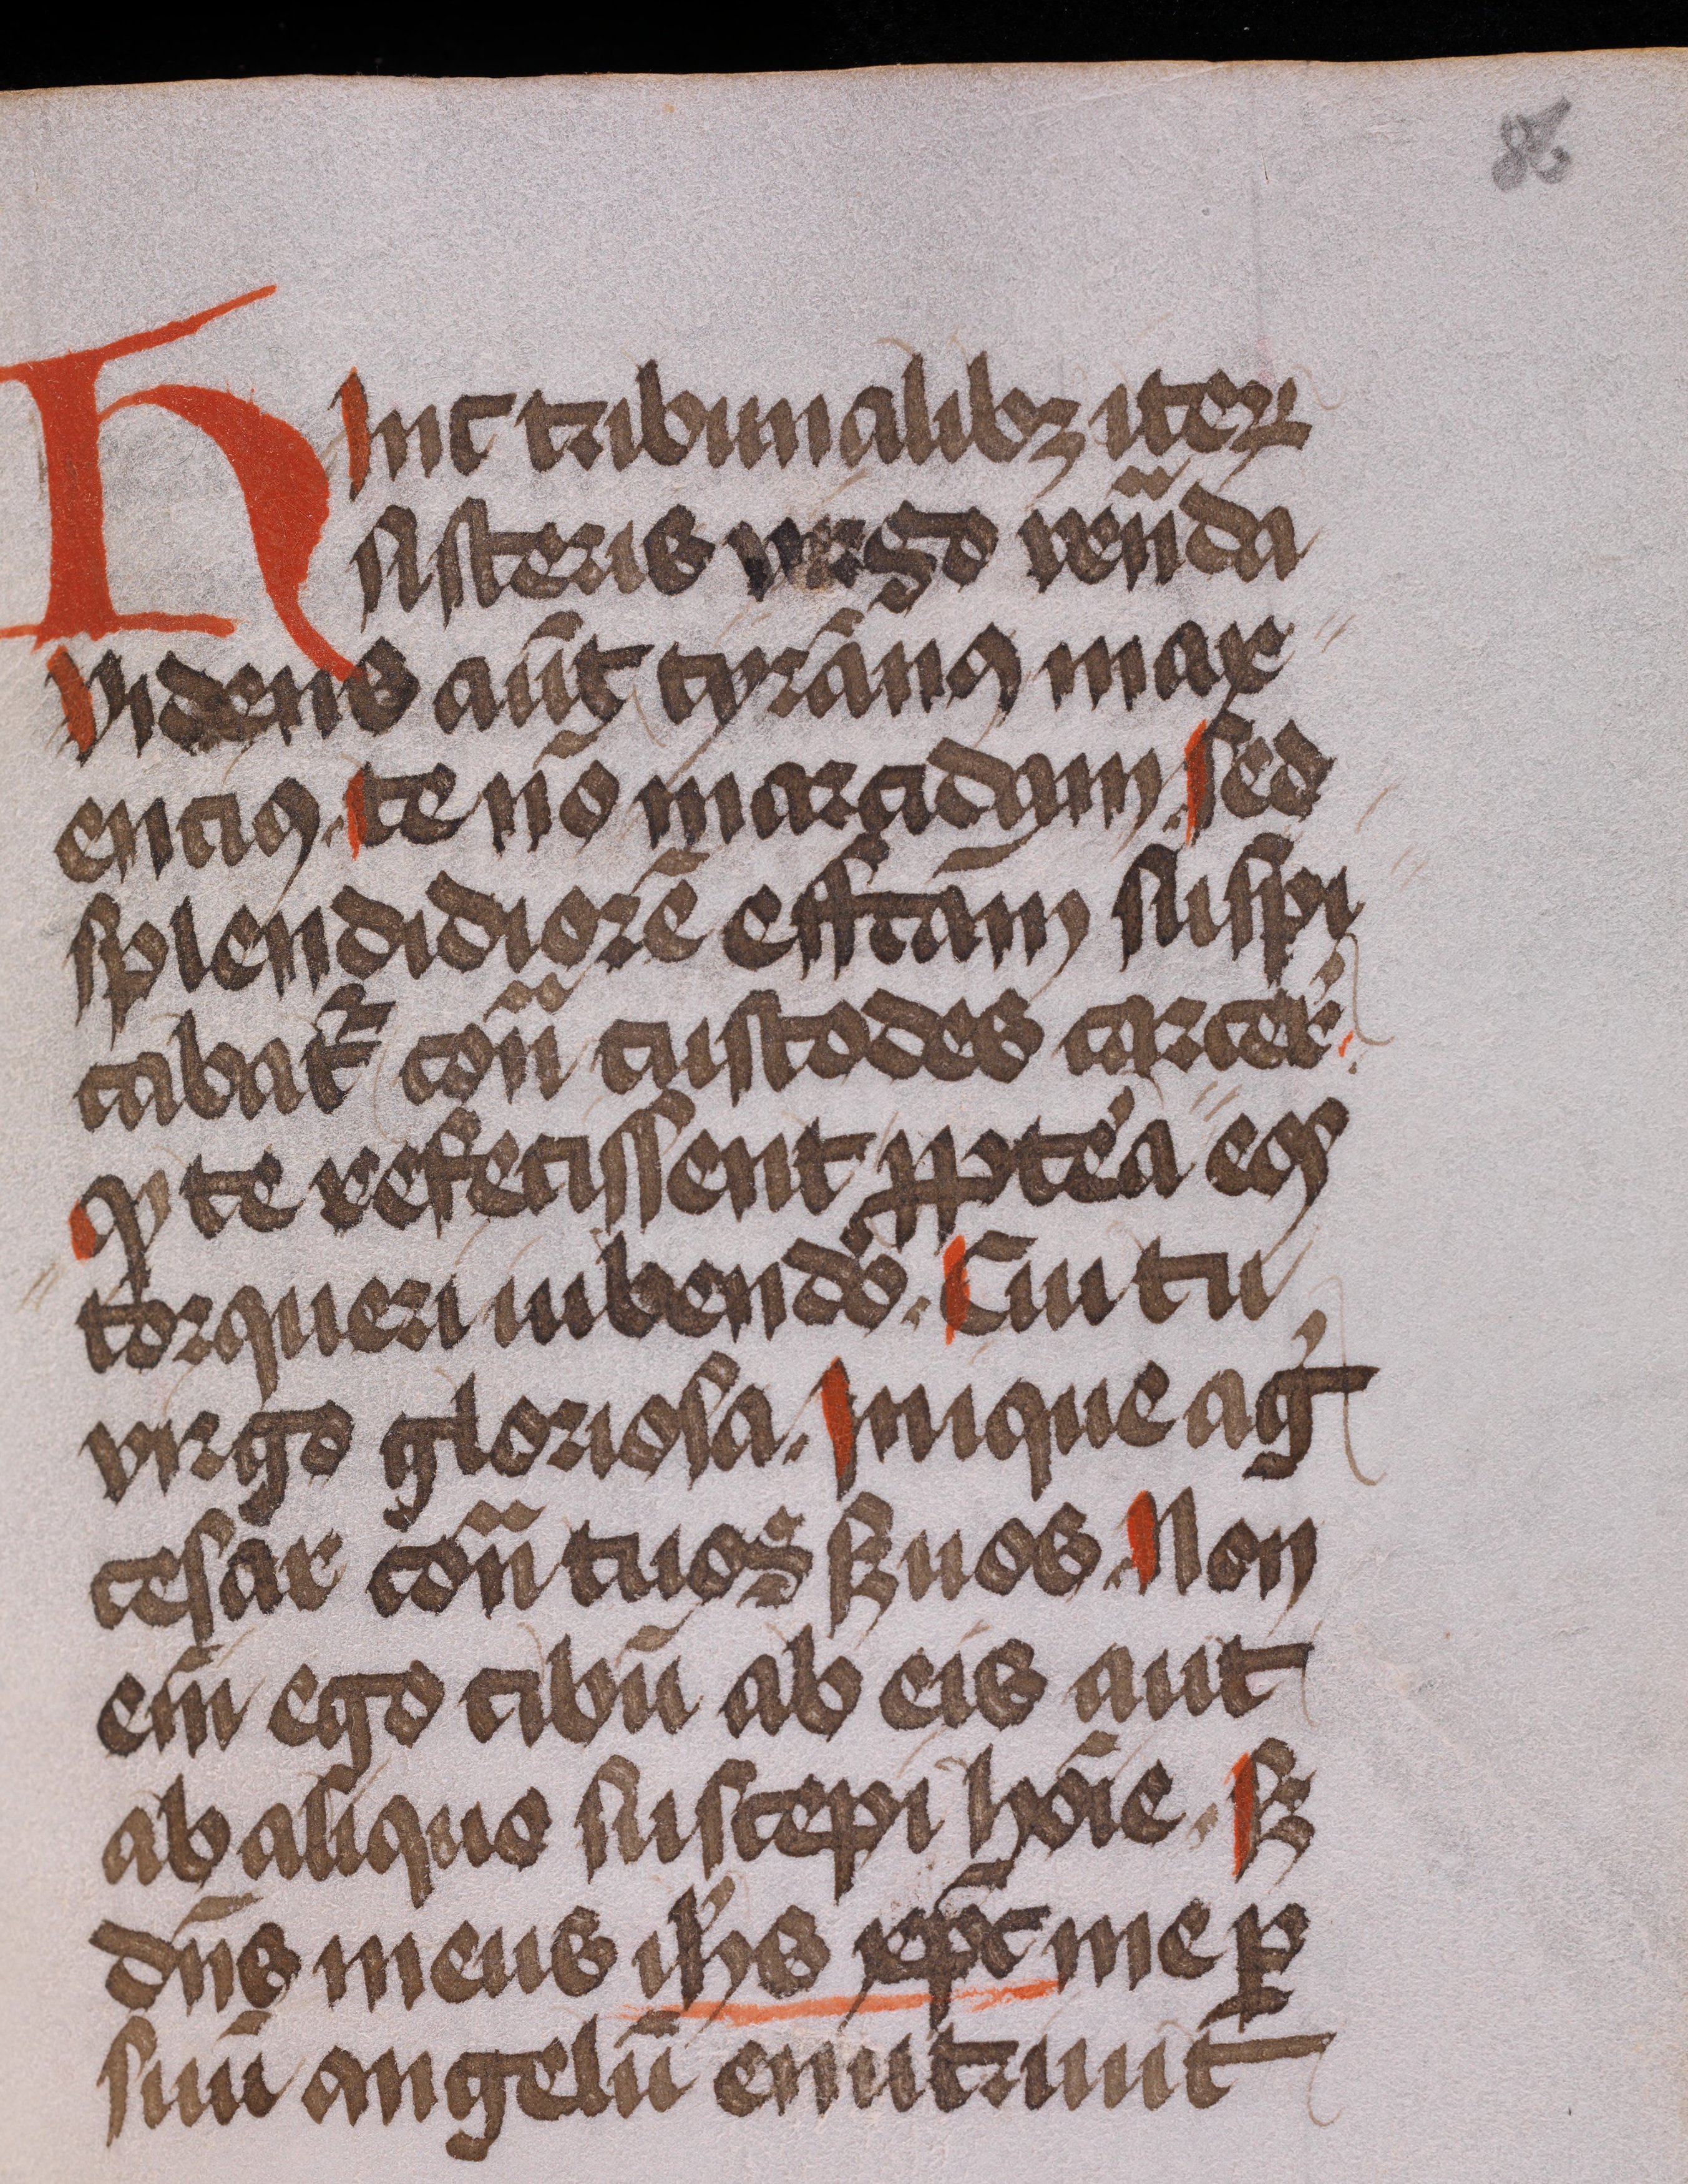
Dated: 1475–1499